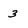
Character: 3